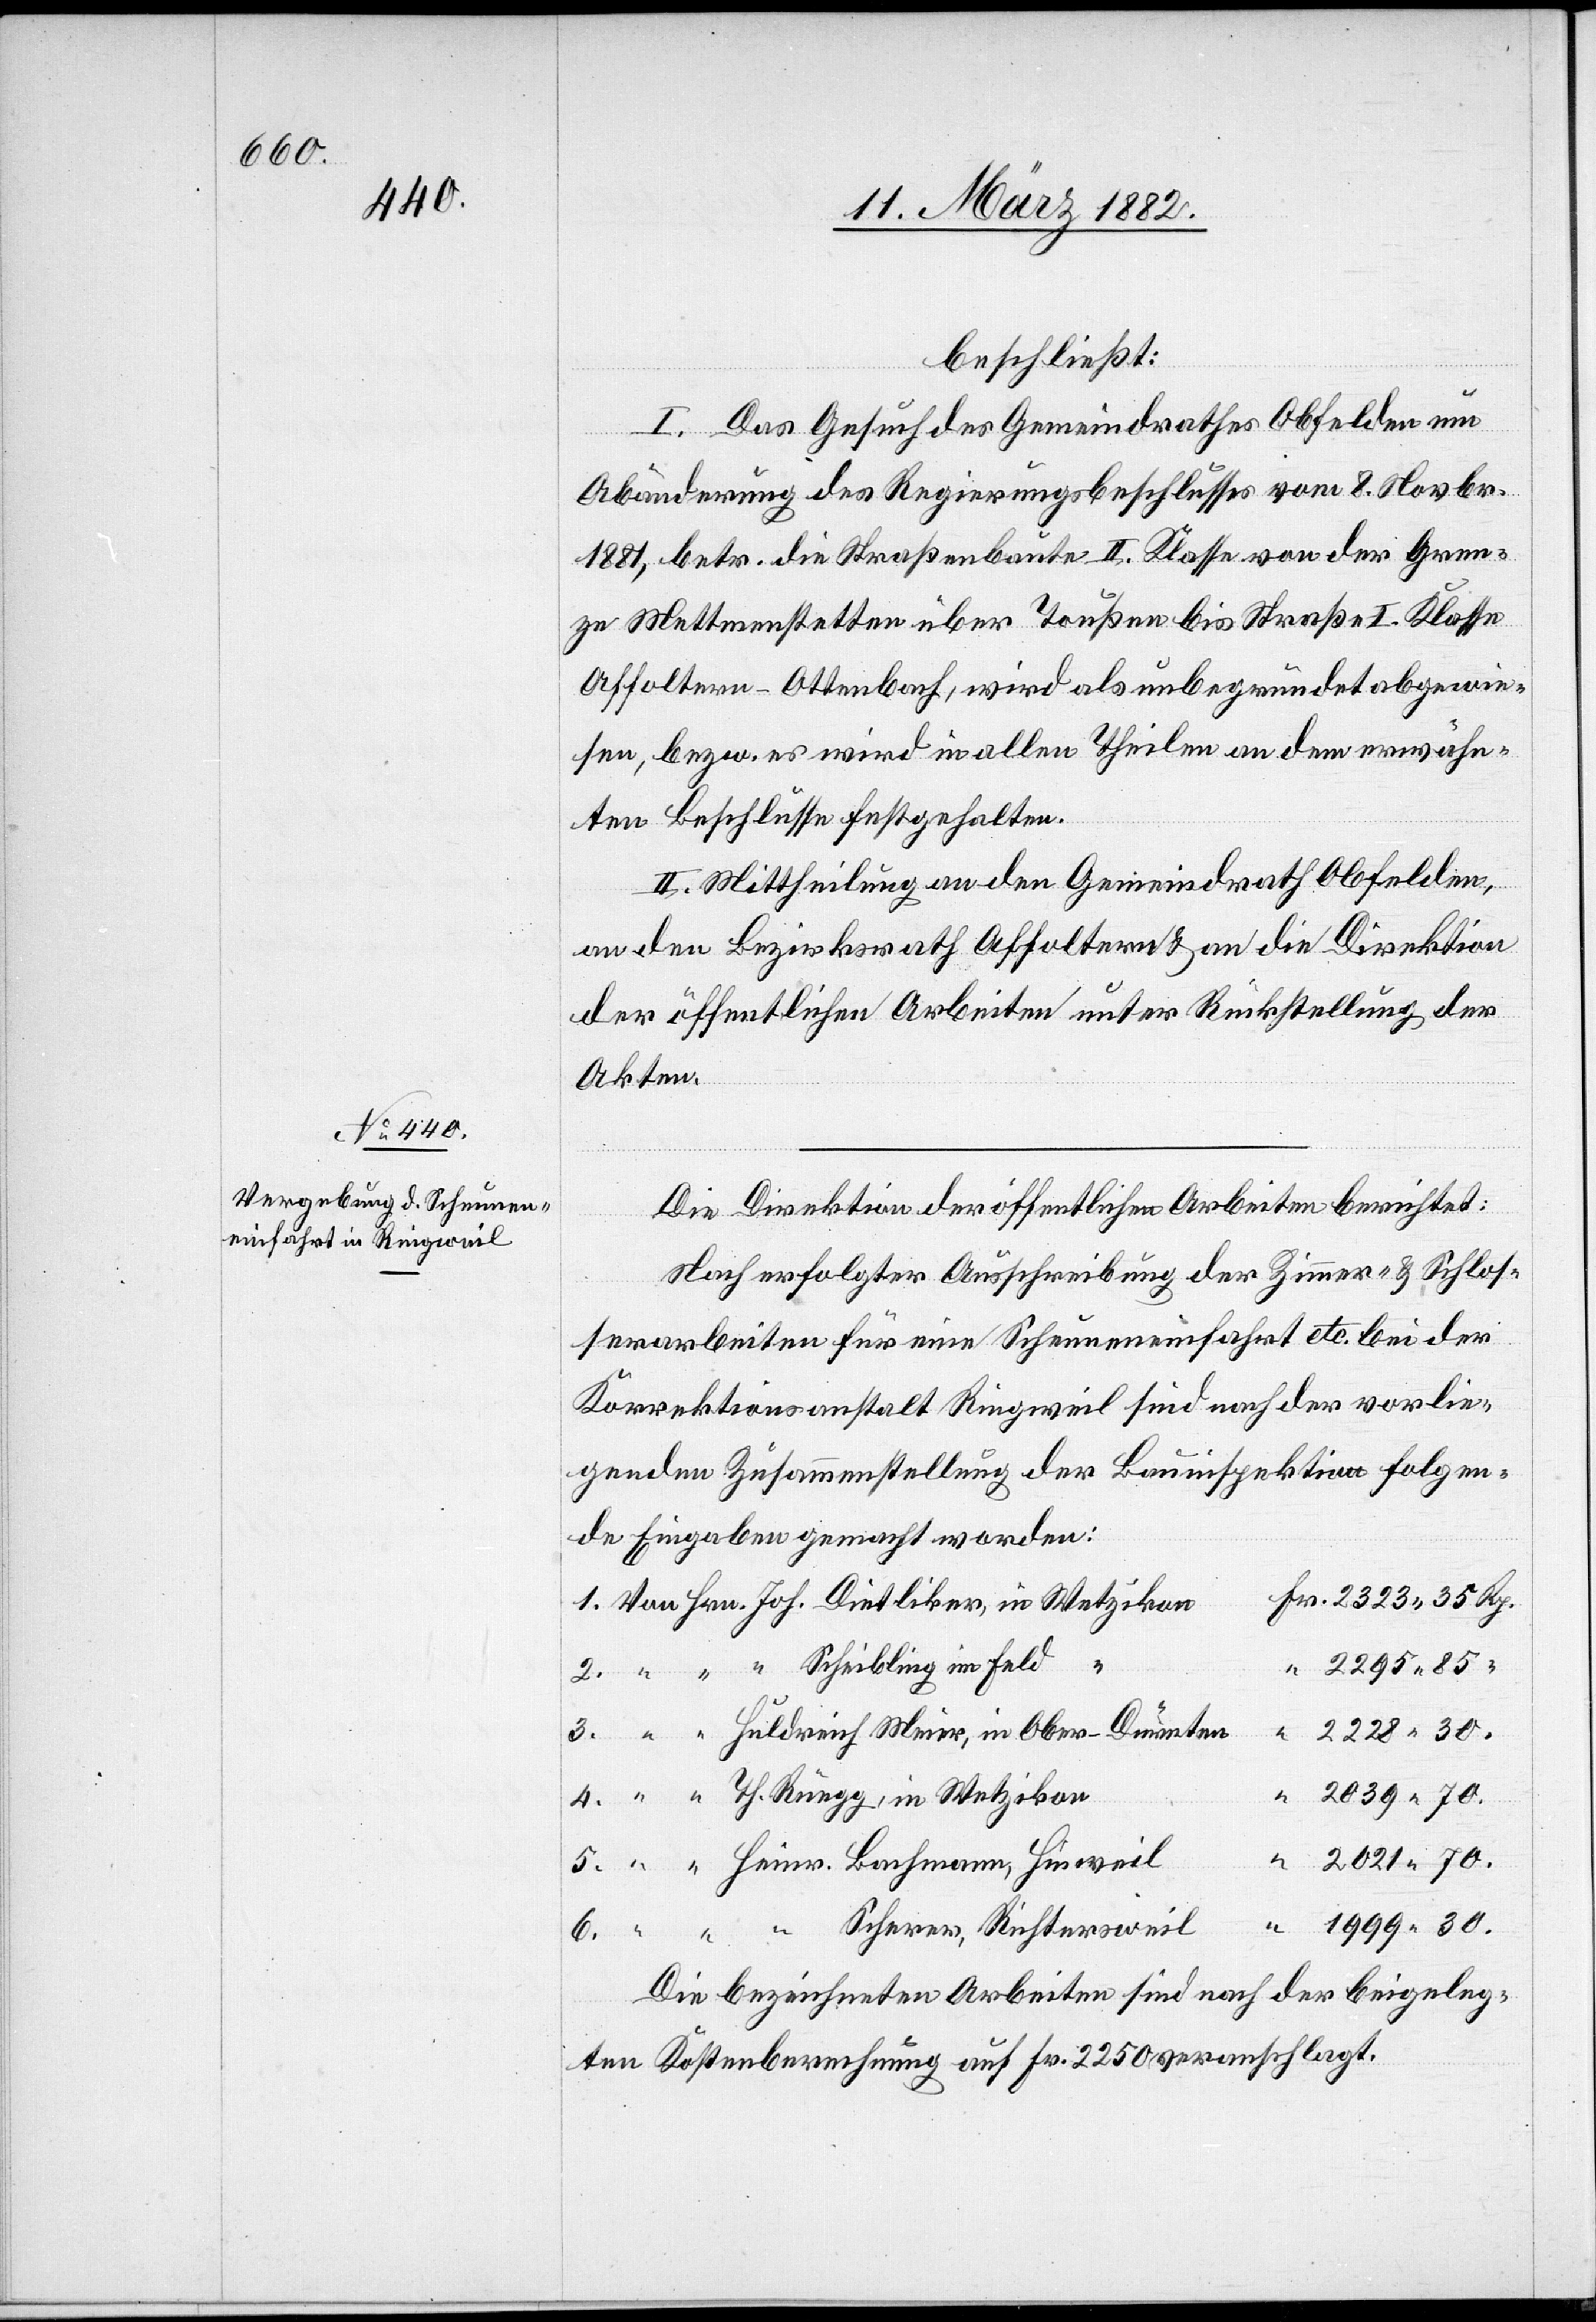
beschließt:
I. Das Gesuch des Gemeindrathes Obfelden um
Abänderung des Regierungsbeschlusses vom 8. Novbr.
1881, betr. die Straßenbaute II. Klasse von der Gren¬
ze Mettmenstetten über Toußen bis Straße I. Klasse
Affoltern–Ottenbach, wird als unbegründet abgewie¬
sen, bezw. es wird in allen Theilen an dem erwähn¬
ten Beschlusse festgehalten.
II. Mittheilung an den Gemeindrath Obfelden,
an den Bezirksrath Affoltern & an die Direktion
der öffentlichen Arbeiten unter Rückstellung der
Akten.
Die Direktion der öffentlichen Arbeiten berichtet:
Nach erfolgter Ausschreibung der Zimmer- & Schlos¬
serarbeiten für eine Scheuneneinfahrt etc. bei der
Korrektionsanstalt Ringweil sind nach der vorlie¬
genden Zusammenstellung der Bauinspektion folgen¬
de Eingaben gemacht worden:
4.
2295 85
Huldrich Meier, in Ober-Dürnten
Th. Rüegg, in Wetzikon
“ Scherrer, Richtersweil
Die bezeichneten Arbeiten sind nach der beigeleg¬
ten Kostenberechnung auf Fr. 2250 veranschlagt.